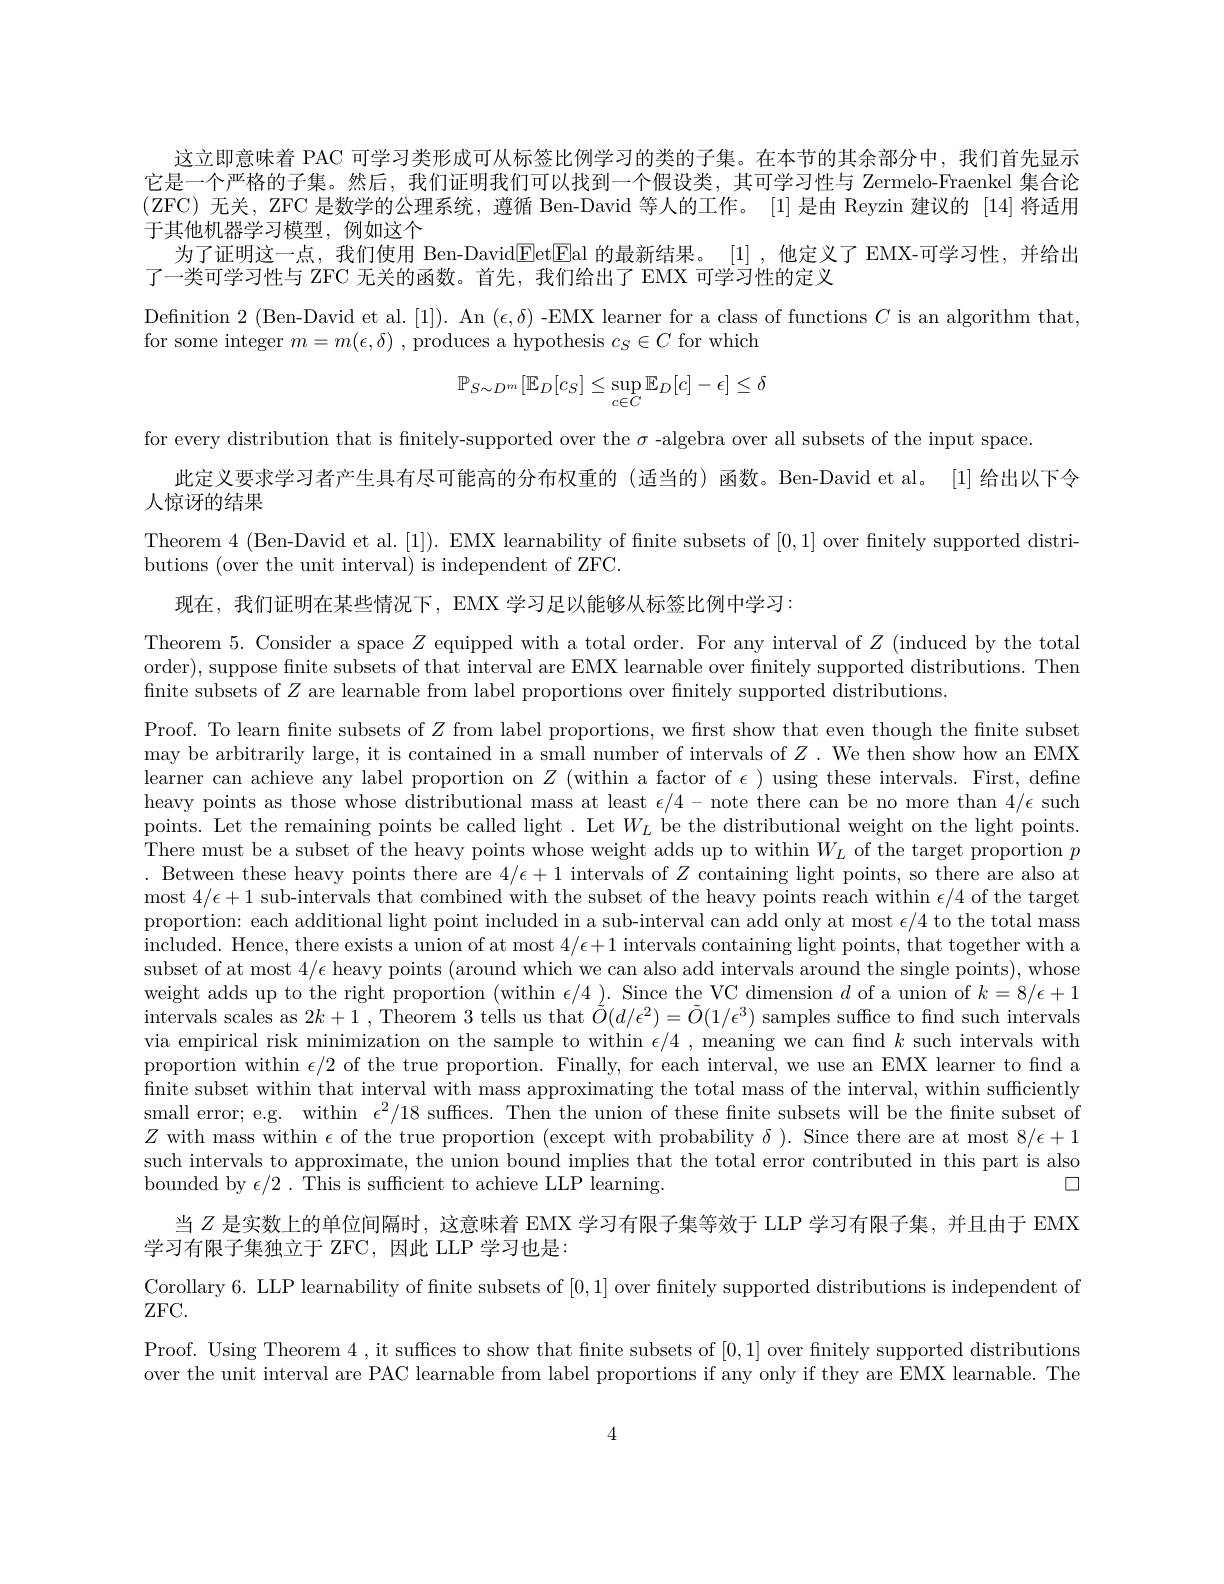
这立即意味着 PAC 可学习类形成可从标签比例学习的类的子集。在本节的其余部分中，我们首先显示它是一个严格的子集。然后，我们证明我们可以找到一个假设类，其可学习性与 Zermelo-Fraenkel 集合论(ZFC)无关，ZFC 是数学的公理系统，遵循 Ben-David 等人的工作。[1] 是由 Reyzin 建议的[14]将适用于其他机器学习模型，例如这个
为了证明这一点，我们使用 Ben-DavidEet$\underline {\mathrm{Eal}}$的最新结果。[1] ,他定义了 EMX-可学习性，并给出
了一类可学习性与 ZFC 无关的函数。首先，我们给出了 EMX 可学习性的定义

Definition 2 (Ben-David et al.[1]). An ($\epsilon,\delta)$ -EMX learner for a class of functions $C$ is an algorithm that,

for some integer $m=m(\epsilon,\delta)$ , produces a hypothesis $c_S\in C$ for which
$$\mathbb{P}_{S\sim D^m}[\mathbb{E}_D[c_S]\leq\sup_{c\in C}\mathbb{E}_D[c]-\epsilon]\leq\delta $$
for every distribution that is finitely-supported over the $\sigma$ -algebra over all subsets of the input space
此定义要求学习者产生具有尽可能高的分布权重的 (适当的) 函数。Ben-David et al。[1] 给出以下令
人惊讶的结果
Theorem 4 (Ben-David et al.[1]). EMX learnability of finite subsets of [0,1] over finitely supported distri-
butions (over the unit interval) is independent of ZFC.

现在，我们证明在某些情况下，EMX 学习足以能够从标签比例中学习：

Theorem 5. Consider a space $Z$ equipped with a total order. For any interval of $Z$ (induced by the total order), suppose finite subsets of that interval are EMX learnable over finitely supported distributions. Then fnite subsets of $Z$ are learnable from label proportions over finitely supported distributions

Proof. To learn finite subsets of $Z$ from label proportions, we first show that even though the finite subset may be arbitrarily large, it is contained in a small number of intervals of $Z$ . We then show how an EMX learner can achieve any label proportion on $Z$ (within a factor of $\epsilon$ )using these intervals. First, define heavy points as those whose distributional mass at least $\epsilon/4-$note there can be no more than $4/\epsilon$ such points. Let the remaining points be called light. Let $W_{L}$ be the distributional weight on the light points. There must be a subset of the heavy points whose weight adds up to within $W_L$ of the target proportion $p$ . Between these heavy points there are $4/\epsilon+1$ intervals of $Z$ containing light points, so there are also at most $4/\epsilon+1$ sub-intervals that combined with the subset of the heavy points reach within $\epsilon/4$ of the target proportion: each additional light point included in a sub-interval can add only at most $\epsilon/4$ to the total mass included. Hence, there exists a union of at most 4/$\epsilon+1$ intervals containing light points, that together with a subset of at most $4/\epsilon$ heavy points (around which we can also add intervals around the single points), whose weight adds up to the right proportion (within $\epsilon/4$ . Since the VC dimension $d$ of a union of $k=8/\epsilon+1$ intervals scales as $2k+1$ , Theorem 3 tells us that $\tilde{O}(d/\epsilon^2)=\tilde{O}(1/\epsilon^3)$ samples suffice to find such intervals via empirical risk minimization on the sample to within $\epsilon/4$ , meaning we can find $k$ such intervals with proportion within $\epsilon/2$ of the true proportion. Finally, for each interval, we use an EMX learner to find a finite subset within that interval with mass approximating the total mass of the interval, within sufficiently small error; e.g. within $\epsilon^2/18$ suffices. Then the union of these finite subsets will be the finite subset of $Z$ with mass within $\epsilon$ of the true proportion (except with probability $\delta).$ Since there are at most $8/\epsilon+1$ such intervals to approximate, the union bound implies that the total error contributed in this part is also
$\square$
bounded by $\epsilon/2.$ This is sufficient to achieve LLP learning.
当$Z$是实数上的单位间隔时，这意味着 EMX 学习有限子集等效于 LLP 学习有限子集，并且由于 EMX
学习有限子集独立于 ZFC,因此 LLP 学习也是：
Corollary 6. LLP learnability of finite subsets of [0,1] over finitely supported distributions is independent of
ZFC.
Proof. Using Theorem 4, it suffces to show that fnite subsets of [0,1] over finitely supported distributions over the unit interval are PAC learnable from label proportions if any only if they are EMX learnable. The

4